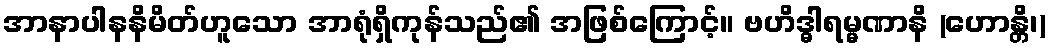
အာနာပါနနိမိတ်ဟူသော အာရုံရှိကုန်သည်၏ အဖြစ်ကြောင့်။ ဗဟိဒ္ဓါရမ္မဏာနိ (ဟောန္တိ၊)